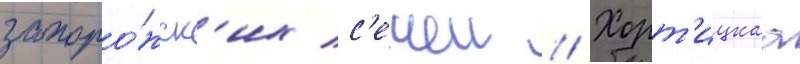
запоро́жск'их с'ечеи // Хорт'ицкаа